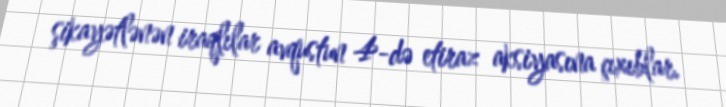
şikayətlənən iraqlılar avqustun 4-də etiraz aksiyasına çıxıblar.